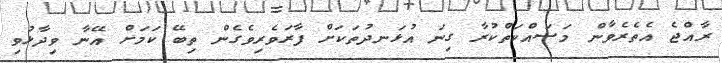
ރާއްޖެ އެތެރެވާން މަސައްކަތްކުރާ ގިނަ އުޅަނދުތަކަށް ފާރަވެރިވެގެން ތިބޭ ކަމަށް އޭނާ ވިދާޅުވި